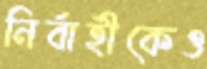
নির্বাহীকেও